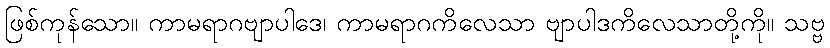
ဖြစ်ကုန်သော။ ကာမရာဂဗျာပါဒေ၊ ကာမရာဂကိလေသာ ဗျာပါဒကိလေသာတို့ကို။ သဗ္ဗ